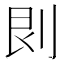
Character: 𠛵